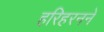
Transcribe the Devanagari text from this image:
हरिहरनने